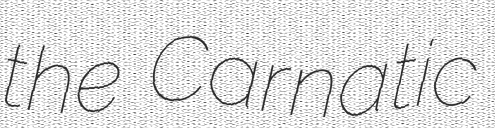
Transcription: the Carnatic